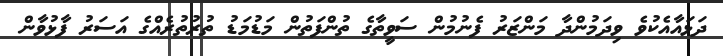
ދަޅައާއެކުވެ ވިދަމުންދާ މަންޒަރު ފެނުމުން ސަވީތާގެ ތުންފަތުން މަޑުމަޑު ތުރުތުރެއްގެ އަސަރު ފާޅުވާން